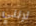
لإنني